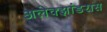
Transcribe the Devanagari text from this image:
अलेक्झांडरास